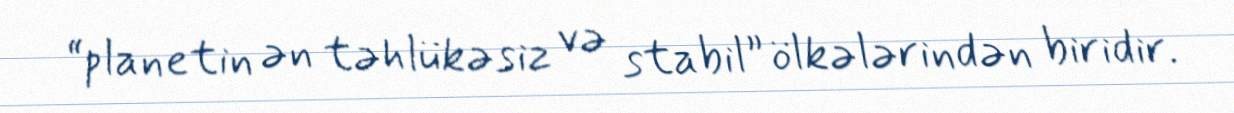
“planetin ən təhlükəsiz və stabil” ölkələrindən biridir.